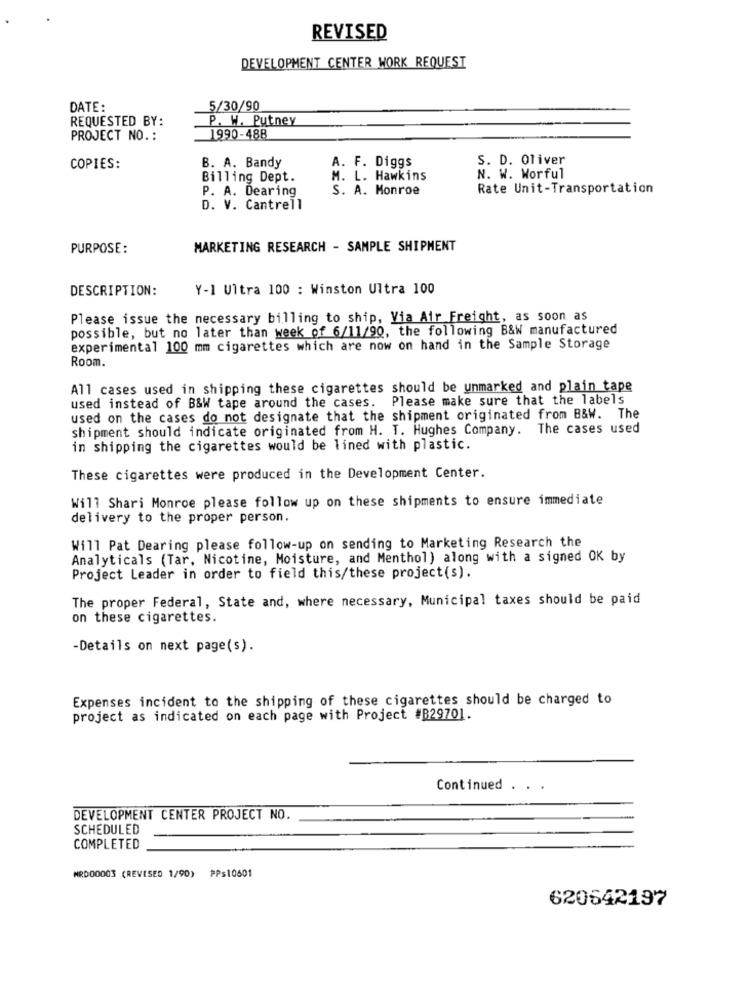
REVISED
DEVELOPMENT CENTER WORK REQUEST
DATE:
5/30/90
REQUESTED BY:
P. W. Putney
PROJECT NO. :
1990-488
A. F. Diggs
S. D. Oliver
COPIES:
B. A. Bandy
Billing Dept.
M. L. Hawkins
N. W. Worful
P. A. Dearing
S. A. Monroe
Rate Unit-Transportation
D. V. Cantrell
PURPOSE:
MARKETING RESEARCH - SAMPLE SHIPMENT
DESCRIPTION:
Y-1 Ultra 100 : Winston Ultra 100
Please issue the necessary billing to ship, Via Air Freight, as soon as
possible, but no later than week of 6/11/90, the following B&W manufactured
experimental 100 mm cigarettes which are now on hand in the Sample Storage
Room.
All cases used in shipping these cigarettes should be unmarked and plain tape
used instead of B&W tape around the cases. Please make sure that the labels
used on the cases do not designate that the shipment originated from B&W. The
shipment should indicate originated from H. T. Hughes Company. The cases used
in shipping the cigarettes would be lined with plastic.
These cigarettes were produced in the Development Center.
Will Shari Monroe please follow up on these shipments to ensure immediate
delivery to the proper person.
Will Pat Dearing please follow-up on sending to Marketing Research the
Analyticals (Tar, Nicotine, Moisture, and Menthol) along with a signed OK by
Project Leader in order to field this/these project(s).
The proper Federal, State and, where necessary, Municipal taxes should be paid
on these cigarettes.
-Details on next page(s).
Expenses incident to the shipping of these cigarettes should be charged to
project as indicated on each page with Project #B29701.
Continued . . .
DEVELOPMENT CENTER PROJECT NO.
SCHEDULED
COMPLETED
MRD00003 (REVISED 1/90) PP$10601
620642197